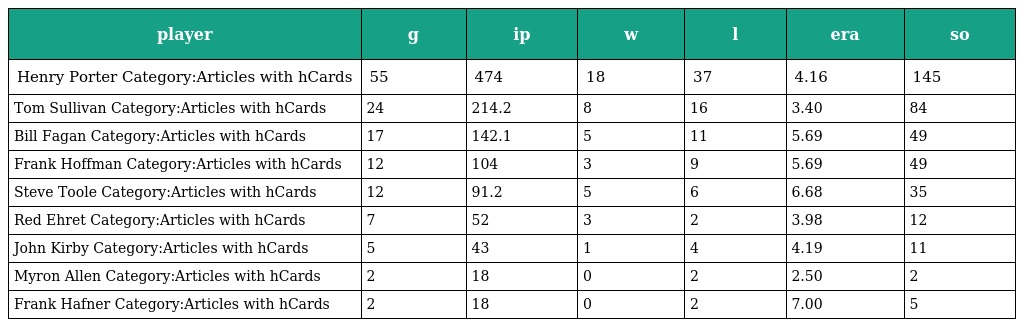
| player | g | ip | w | l | era | so |
 | --- | --- | --- | --- | --- | --- | --- |
 | Henry Porter Category:Articles with hCards | 55 | 474 | 18 | 37 | 4.16 | 145 |
 | Tom Sullivan Category:Articles with hCards | 24 | 214.2 | 8 | 16 | 3.40 | 84 |
 | Bill Fagan Category:Articles with hCards | 17 | 142.1 | 5 | 11 | 5.69 | 49 |
 | Frank Hoffman Category:Articles with hCards | 12 | 104 | 3 | 9 | 5.69 | 49 |
 | Steve Toole Category:Articles with hCards | 12 | 91.2 | 5 | 6 | 6.68 | 35 |
 | Red Ehret Category:Articles with hCards | 7 | 52 | 3 | 2 | 3.98 | 12 |
 | John Kirby Category:Articles with hCards | 5 | 43 | 1 | 4 | 4.19 | 11 |
 | Myron Allen Category:Articles with hCards | 2 | 18 | 0 | 2 | 2.50 | 2 |
 | Frank Hafner Category:Articles with hCards | 2 | 18 | 0 | 2 | 7.00 | 5 |